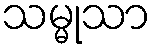
သမ္မုသာ